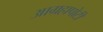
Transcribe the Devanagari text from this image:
आग्रहापोटी